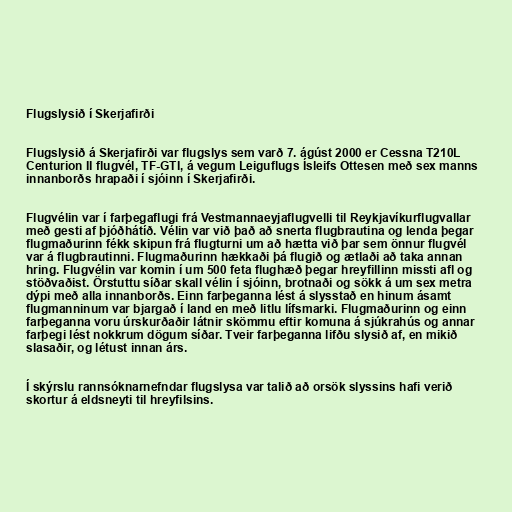
Flugslysið í Skerjafirði

Flugslysið á Skerjafirði var flugslys sem varð 7. ágúst 2000 er Cessna T210L
Centurion II flugvél, TF-GTI, á vegum Leiguflugs Ísleifs Ottesen með sex manns
innanborðs hrapaði í sjóinn í Skerjafirði.

Flugvélin var í farþegaflugi frá Vestmannaeyjaflugvelli til Reykjavíkurflugvallar
með gesti af þjóðhátíð. Vélin var við það að snerta flugbrautina og lenda þegar
flugmaðurinn fékk skipun frá flugturni um að hætta við þar sem önnur flugvél
var á flugbrautinni. Flugmaðurinn hækkaði þá flugið og ætlaði að taka annan
hring. Flugvélin var komin í um 500 feta flughæð þegar hreyfillinn missti afl og
stöðvaðist. Örstuttu síðar skall vélin í sjóinn, brotnaði og sökk á um sex metra
dýpi með alla innanborðs. Einn farþeganna lést á slysstað en hinum ásamt
flugmanninum var bjargað í land en með litlu lífsmarki. Flugmaðurinn og einn
farþeganna voru úrskurðaðir látnir skömmu eftir komuna á sjúkrahús og annar
farþegi lést nokkrum dögum síðar. Tveir farþeganna lifðu slysið af, en mikið
slasaðir, og létust innan árs.

Í skýrslu rannsóknarnefndar flugslysa var talið að orsök slyssins hafi verið
skortur á eldsneyti til hreyfilsins.